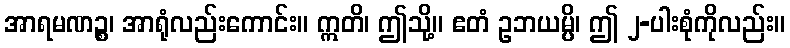
အာရမဏဉ္စ၊ အာရုံလည်းကောင်း။ ဣတိ၊ ဤသို့။ ဧတံ ဥဘယမ္ပိ၊ ဤ ၂-ပါးစုံကိုလည်း။